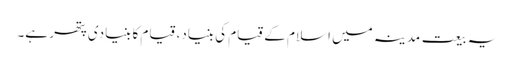
یہ بیعت مدینہ میں اسلام کے قیام کی بنیاد، قیام کا بنیادی پتھر ہے۔